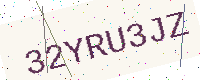
Text: 32YRU3JZ